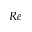
R e